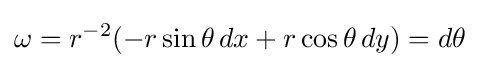
\omega =r^{-2}(-r\sin \theta \,dx+r\cos \theta \,dy)=d\theta